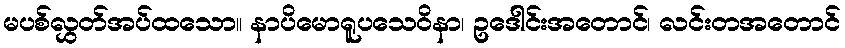
မပစ်လွှတ်အပ်ထသော။ နာပိမောရူပသေဝိနာ၊ ဥဒေါင်းအတောင်၊ လင်းတအတောင်